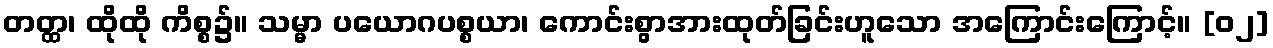
တတ္ထ၊ ထိုထို ကိစ္စ၌။ သမ္မာ ပယောဂပစ္စယာ၊ ကောင်းစွာအားထုတ်ခြင်းဟူသော အကြောင်းကြောင့်။ [၀၂]